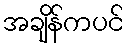
အချိန်ကပင်